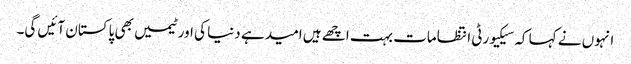
انہوں نے کہا کہ سیکیورٹی انتظامات بہت اچھے ہیں امید ہے دنیا کی اور ٹیمیں بھی پاکستان آئیں گی۔